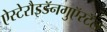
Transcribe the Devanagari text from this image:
ऐस्टेरौइडॅनगुऍरटॅल